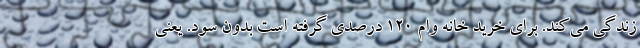
زندگی می‌کند. برای خرید خانه وام 120 درصدی گرفته است بدون سود. یعنی